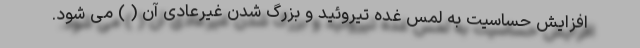
افزایش حساسیت به لمس غده تیروئید و بزرگ شدن غیرعادی آن ( ) می شود.